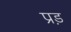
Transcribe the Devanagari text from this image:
प्रड़